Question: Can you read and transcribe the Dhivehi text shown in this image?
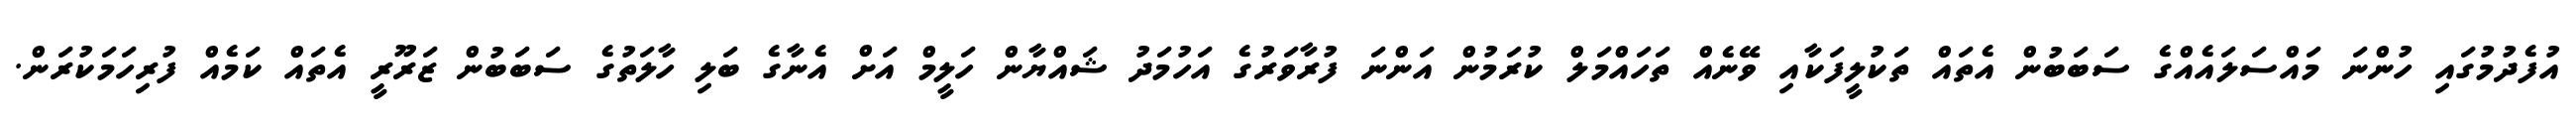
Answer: އުފެދުމުގައި ހުންނަ މައްސަލައެއްގެ ސަބަބުން އެތައް ތަކުލީފަކާއި ވޭނެއް ތަހައްމަލް ކުރަމުން އަންނަ ފުރާވަރުގެ އަހުމަދު ޝައްޔާން ހަލީމް އަށް އެނާގެ ބަލި ހާލަތުގެ ސަބަބުން ޒަރޫރީ އެތައް ކަމެއް ފުރިހަމަކުރަން.